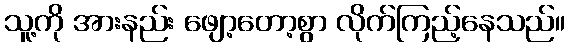
သူ့ကို အားနည်း ဖျော့တော့စွာ လိုက်ကြည့်နေသည်။